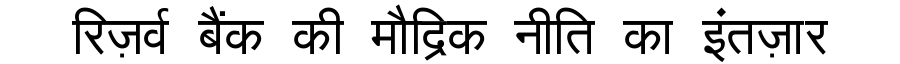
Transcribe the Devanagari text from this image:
रिज़र्व बैंक की मौद्रिक नीति का इंतज़ार